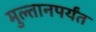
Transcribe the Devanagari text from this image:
मुल्तानपर्यंत